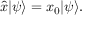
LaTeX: { \hat { x } } | \psi \rangle = x _ { 0 } | \psi \rangle .